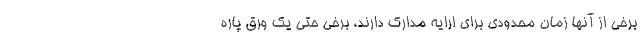
برخي از آنها زمان محدودي براي ارايه مدارك دارند، برخي حتي يك ورق پاره